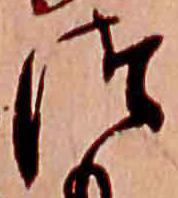
つ